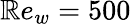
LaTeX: \mathbb{R}e_{w}=500